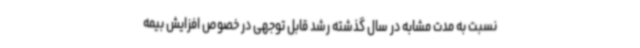
نسبت به مدت مشابه در سال گذشته رشد قابل توجهی در خصوص افزایش بیمه